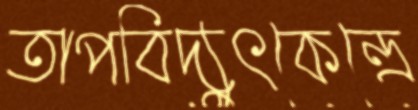
তাপবিদ্যুৎকেন্দ্রে